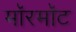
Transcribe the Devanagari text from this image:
मॉरमॉट